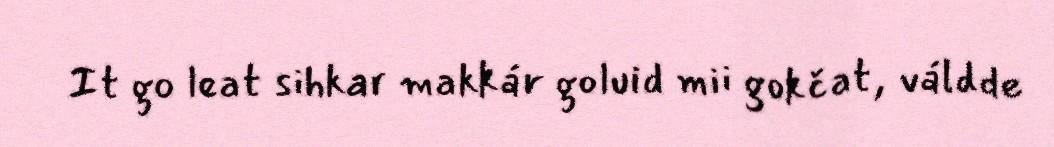
It go leat sihkar makkár goluid mii gokčat, váldde